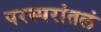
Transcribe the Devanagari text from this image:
परस्परांतलं